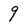
Character: 9